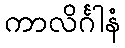
ကာလိင်္ဂါနံ